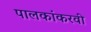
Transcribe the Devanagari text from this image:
पालकांकरवी